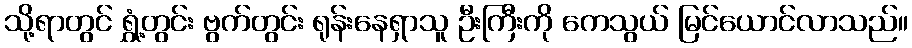
သို့ရာတွင် ရွှံ့တွင်း ဗွက်တွင်း ရုန်းနေရှာသူ ဦးကြီးကို ကေသွယ် မြင်ယောင်လာသည်။